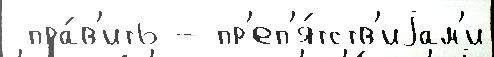
 пра́в'ить - пр'еп'я́тств'иjам'и